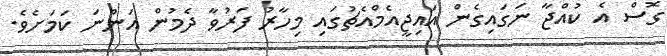
ގޮސް އެ ކުއްޖާ ނަގައިގެން އައިޖީއެމްއެޗުގައި މިހާރު ފަރުވާ ދެމުން އަންނަ ކަމަށެވެ.